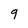
Character: 9